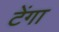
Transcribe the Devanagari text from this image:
टेंगा